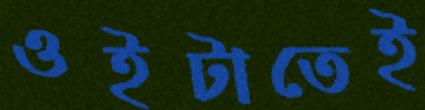
ওইটাতেই